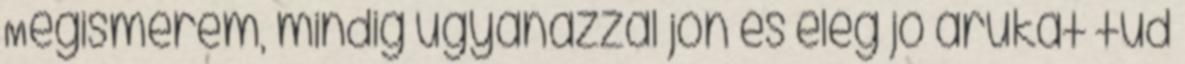
Megismerem, mindig ugyanazzal jön és elég jó árukat tud